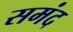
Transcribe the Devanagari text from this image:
समंद